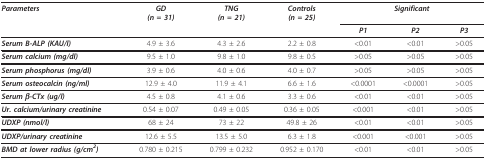
| Parameters | GD(n = 31) | TNG(n = 21) | Controls(n = 25) | <COLSPAN=3> Significant |
 |  |  |  |  | P1 | P2 | P3 |
 | --- | --- | --- | --- | --- | --- | --- |
 | Serum B-ALP (KAU/l) | 4.9 ± 3.6 | 4.3 ± 2.6 | 2.2 ± 0.8 | <0.01 | <0.01 | >0.05 |
 | Serum calcium (mg/dl) | 9.5 ± 1.0 | 9.8 ± 1.0 | 9.8 ± 0.5 | >0.05 | >0.05 | >0.05 |
 | Serum phosphorus (mg/dl) | 3.9 ± 0.6 | 4.0 ± 0.6 | 4.0 ± 0.7 | >0.05 | >0.05 | >0.05 |
 | Serum osteocalcin (ng/ml) | 12.9 ± 4.0 | 11.9 ± 4.1 | 6.6 ± 1.6 | <0.0001 | <0.0001 | >0.05 |
 | Serum β-CTx (ug/l) | 4.5 ± 0.8 | 4.1 ± 0.6 | 3.3 ± 0.6 | <0.01 | <0.01 | >0.05 |
 | Ur. calcium/urinary creatinine | 0.54 ± 0.07 | 0.49 ± 0.05 | 0.36 ± 0.05 | <0.001 | <0.01 | >0.05 |
 | UDXP (nmol/l) | 68 ± 24 | 73 ± 22 | 49.8 ± 26 | <0.01 | <0.01 | >0.05 |
 | UDXP/urinary creatinine | 12.6 ± 5.5 | 13.5 ± 5.0 | 6.3 ± 1.8 | <0.001 | <0.001 | >0.05 |
 | BMD at lower radius (g/cm2) | 0.780 ± 0.215 | 0.799 ± 0.232 | 0.952 ± 0.170 | <0.01 | <0.01 | >0.05 |